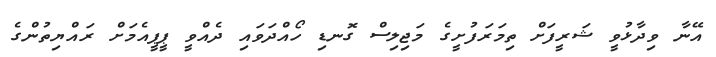
އޭނާ ވިދާޅުވީ ޝަރީފަށް ތިމަރަފުށީގެ މަޖިލިސް ގޮނޑި ހޯއްދަވައި ދެއްވީ ޕީޕީއެމަށް ރައްޔިތުންގެ